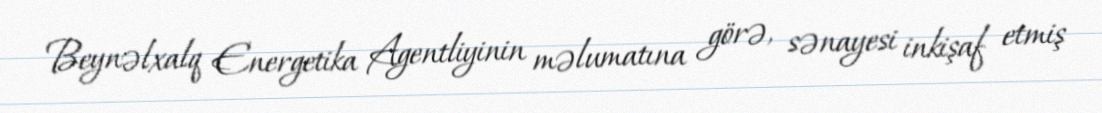
Beynəlxalq Energetika Agentliyinin məlumatına görə, sənayesi inkişaf etmiş